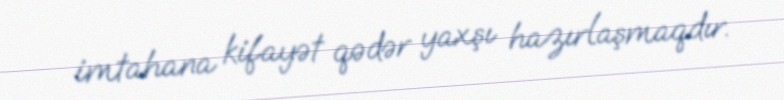
imtahana kifayət qədər yaxşı hazırlaşmaqdır.